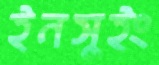
ইনসুইং